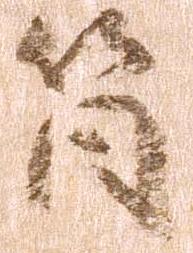
筒